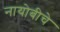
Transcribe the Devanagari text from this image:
नायोबीचे